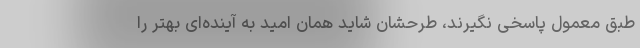
طبق معمول پاسخی نگیرند، طرحشان شاید همان امید به آینده‌ای بهتر را